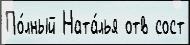
По́лный Ната́лья отв сост